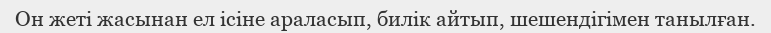
Он жеті жасынан ел ісіне араласып, билік айтып, шешендігімен танылған.